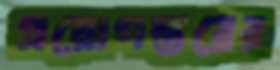
প্রয়োগস্তরের